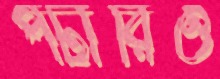
পটারিও